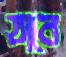
যাবে